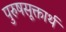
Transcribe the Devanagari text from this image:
पुरुषसूक्तार्थ